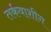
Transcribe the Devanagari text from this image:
तर्कवाशीग